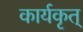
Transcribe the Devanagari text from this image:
कार्यकृत्